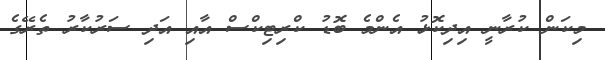
މިކަން ކުރާނީ އިދިކޮޅު އެންމެ ބޮޑު ކްރިޓިކްސް އާއި އަދި ސަރުކާރު ތެރޭގެ